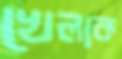
খেলাক